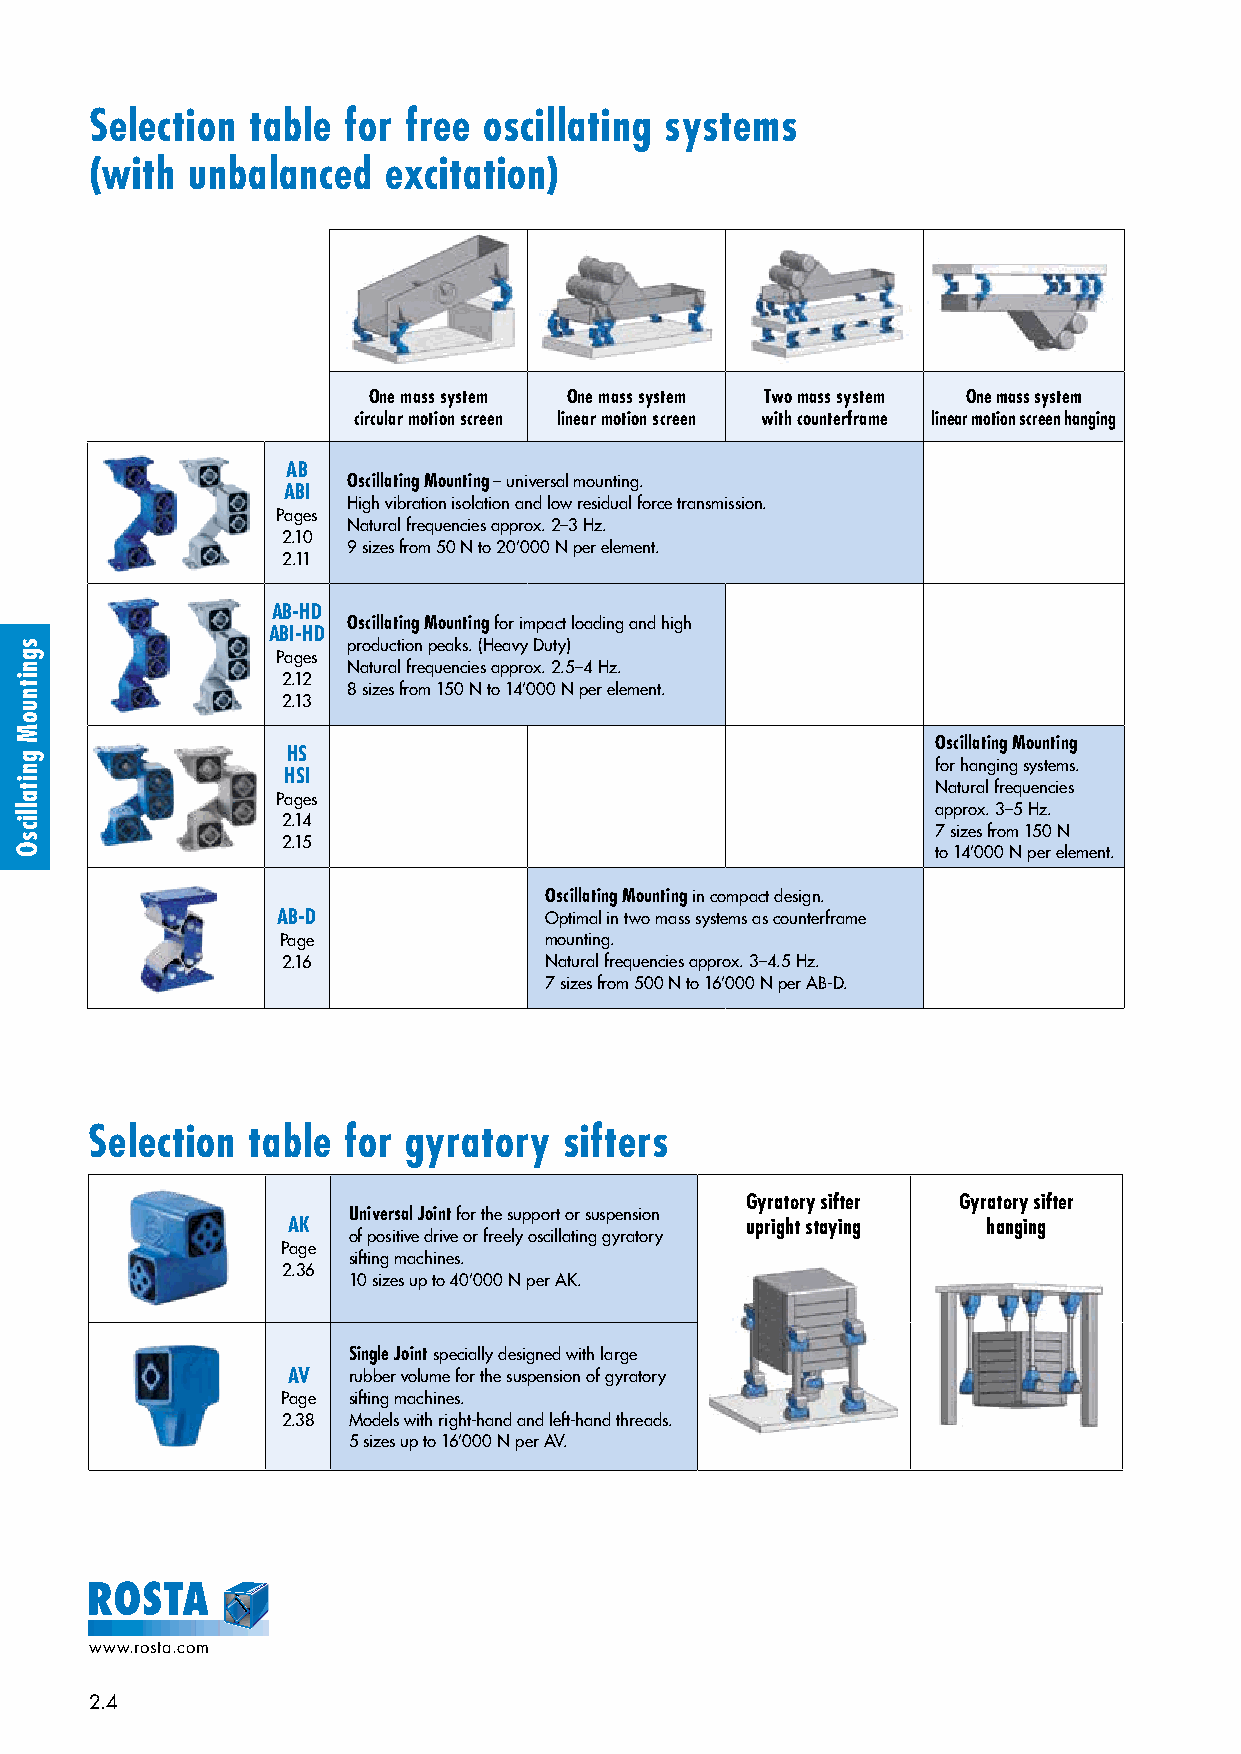
Selection table  for free oscillating systems
 (with unbalanced   excitation)
 One mass system One mass system Two mass system One mass system
 circular motion screen linear motion screen with counterframe linear motion screen hanging
 AB
 Oscillating Mounting – universal mounting.
 ABI
 High vibration isolation and low residual force transmission.
 Pages
 Natural frequencies approx. 2–3 Hz.
 2.10
 9 sizes from 50 N to 20’000 N per element.
 2.11
 AB-HD
 Oscillating Mounting for impact loading and high
 ABI-HD
 production peaks. (Heavy Duty)
 Pages
 Natural frequencies approx. 2.5–4 Hz.
 2.12
 8 sizes from 150 N to 14’000 N per element.
 2.13
 Oscillating Mounting
 HS
 for hanging systems.
 HSI
 Natural frequencies
 Pages
 approx. 3–5 Hz.
 2.14
 7 sizes from 150 N
 2.15
 to 14’000 N per element.
 Oscillating Mounting in compact design.
 AB-D              Optimal in two mass systems as counterframe
 Page              mounting.
 2.16             Natural frequencies approx. 3–4.5 Hz.
 7 sizes from 500 N to 16’000 N per AB-D.
 Selection table  for gyratory  sifters
 Gyratory sifter Gyratory sifter
 Universal Joint for the support or suspension
 AK                            upright staying hanging
 of positive drive or freely oscillating gyratory
 Page
 sifting machines.
 2.36
 10 sizes up to 40’000 N per AK.
 Single Joint specially designed with large
 AV  rubber volume for the suspension of gyratory
 Page sifting machines.
 2.38 Models with right-hand and left-hand threads.
 5 sizes up to 16’000 N per AV.
 www.rosta.com
 2.4
 sgnitnuoM
 gnitallicsO